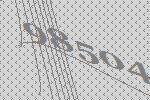
98504